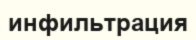
инфильтрация